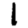
Digit: 1